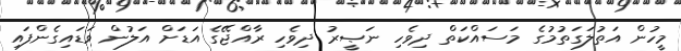
މީހުން އަތުލަގަތުމުގެ މަސައްކަތް ދިވެހި ނަޞީރު ދިވެހި ރާއްޖޭގެ އަޑަށް އަލުން ވަޑައިގެންފައި